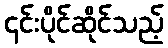
၎င်းပိုင်ဆိုင်သည့်